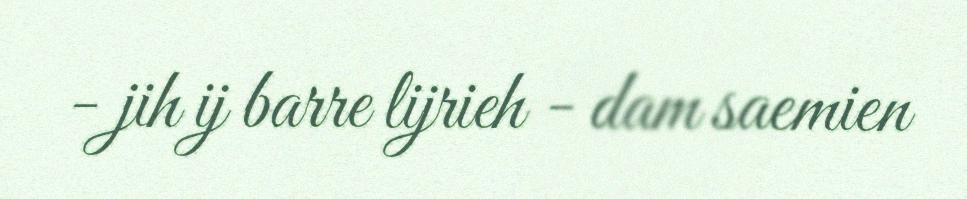
- jih ij barre lijrieh - dam saemien